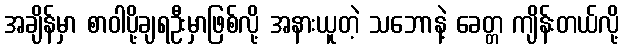
အချိန်မှာ စာဝါပို့ချရဦးမှာဖြစ်လို့ အနားယူတဲ့ သဘောနဲ့ ခေတ္တ ကျိန်းတယ်လို့